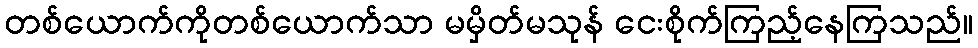
တစ်ယောက်ကိုတစ်ယောက်သာ မမှိတ်မသုန် ငေးစိုက်ကြည့်နေကြသည်။